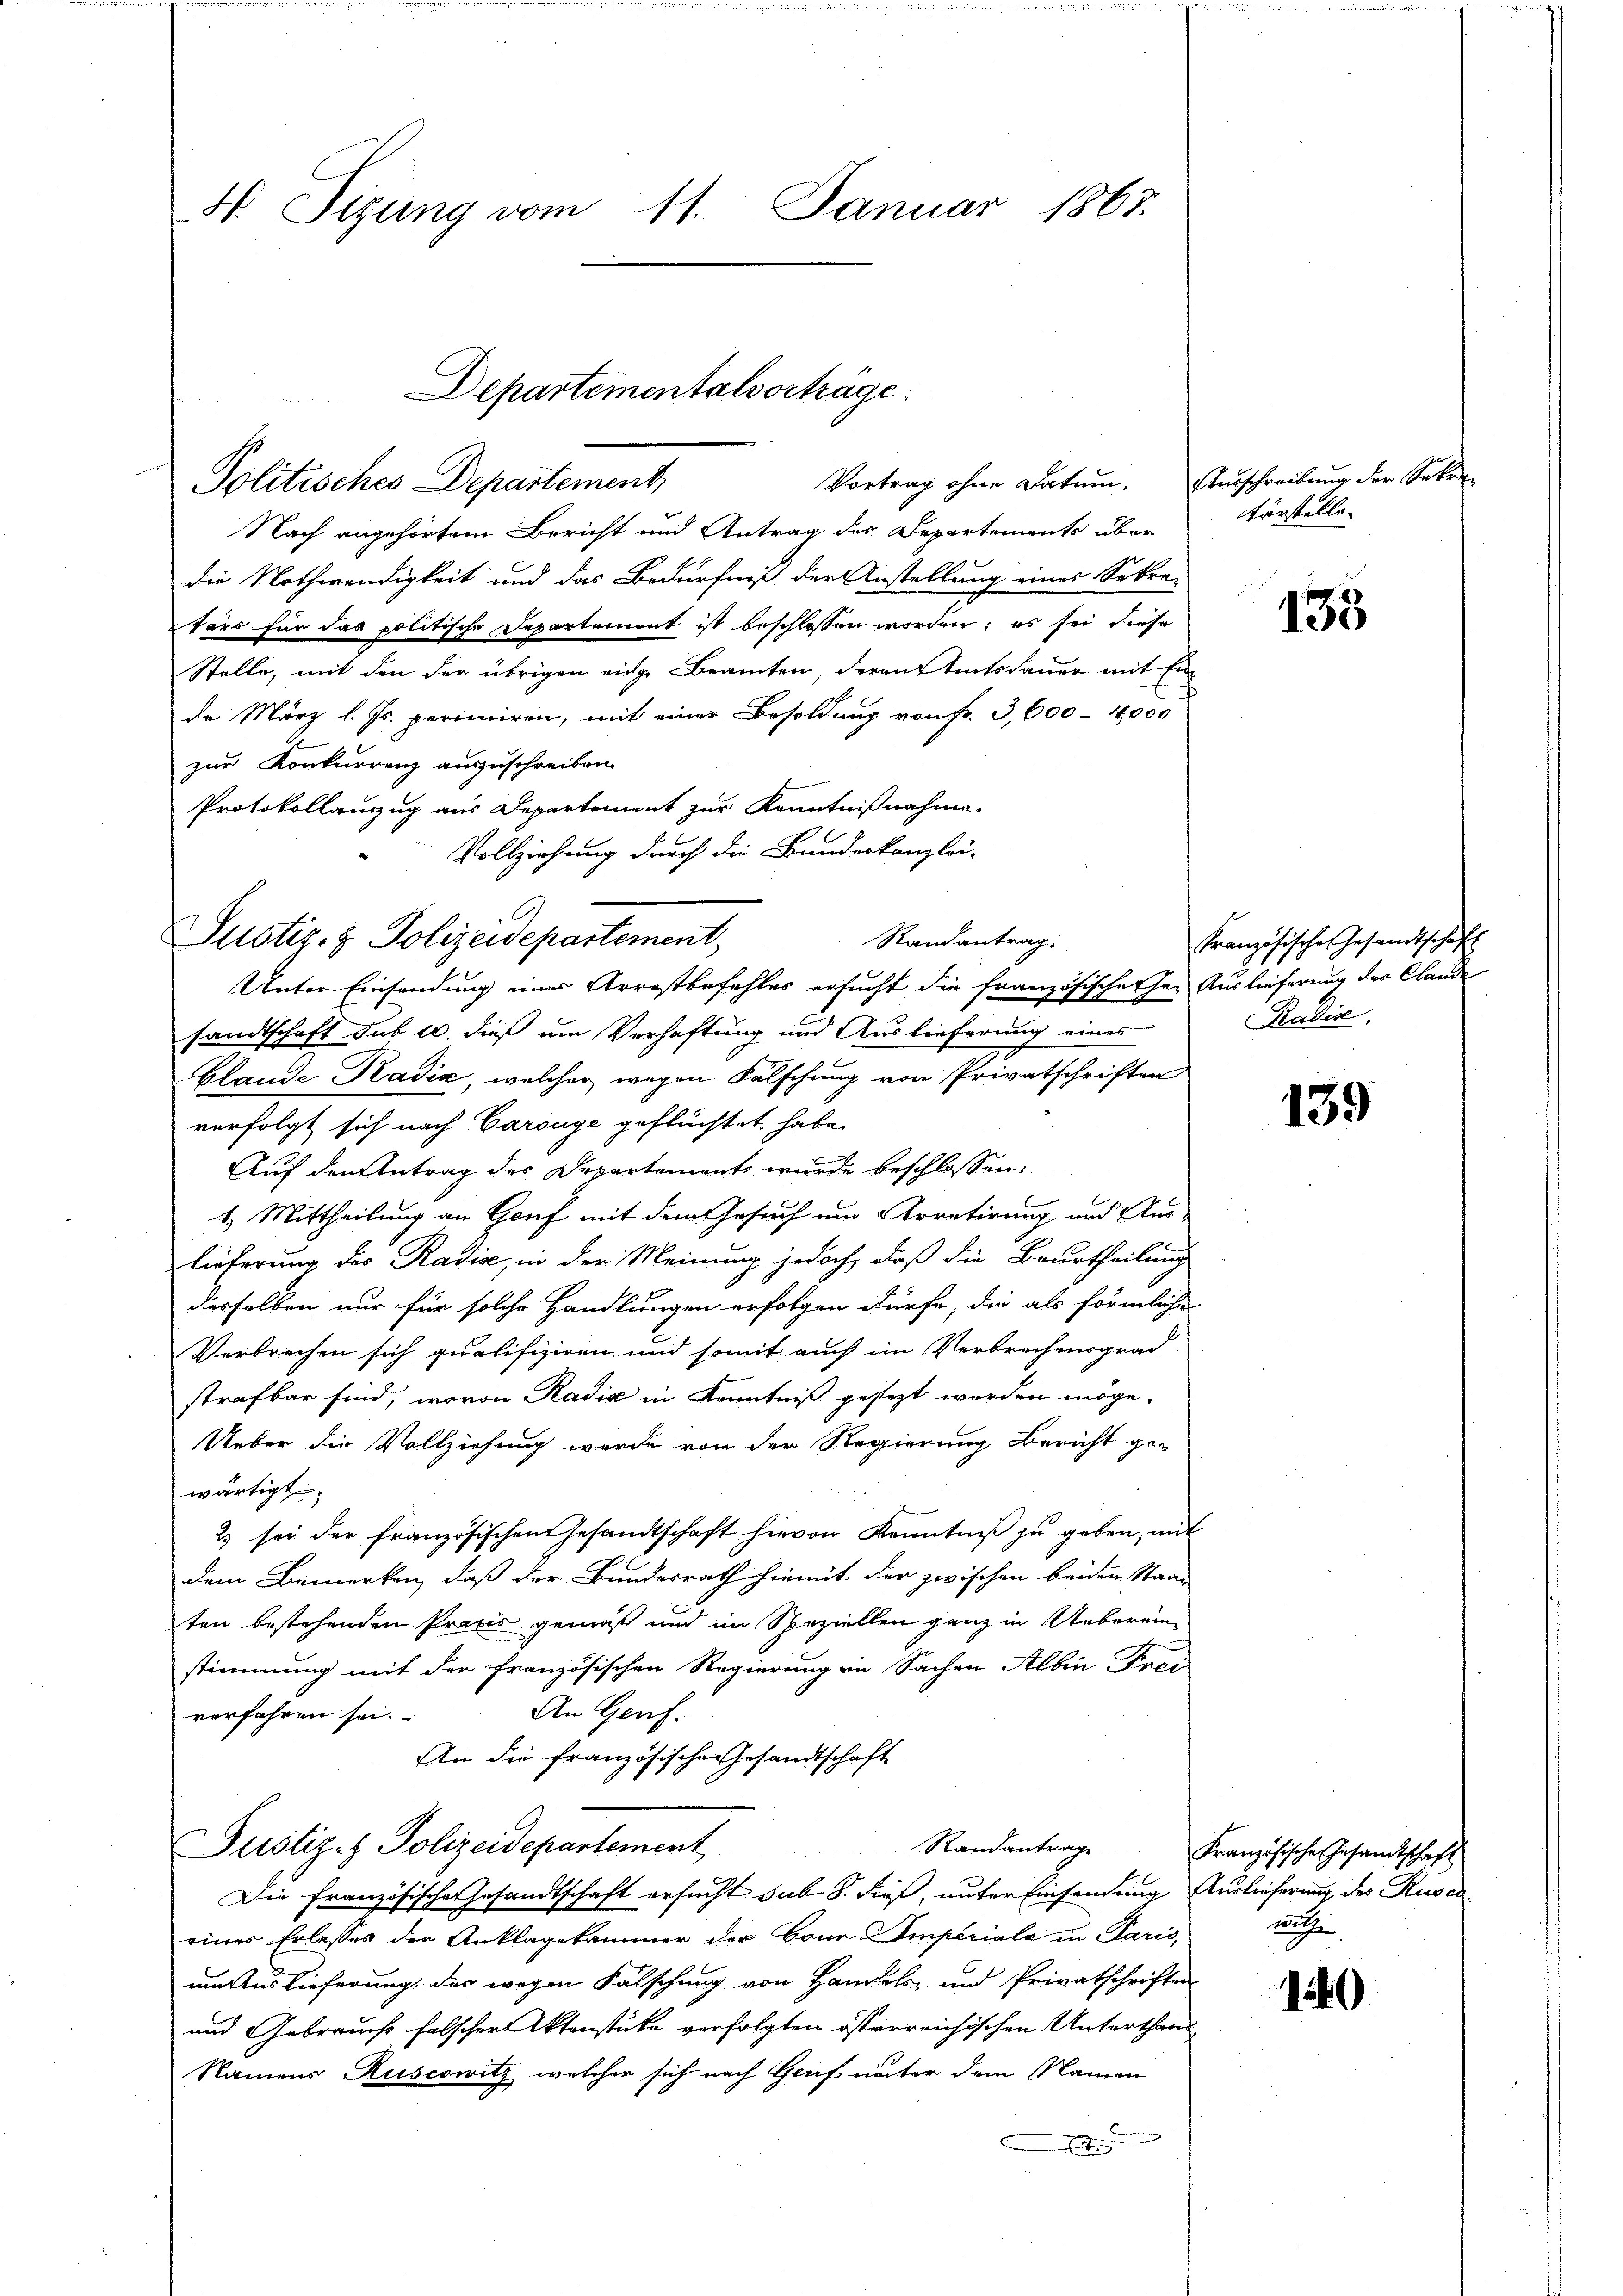
N. Sizung vom 11. Januar 1867.

Politisches Departement,

Nach angehörtem Bericht und Antrag des Departements über
die Nothwendigkeit und das Bedürfniß der Anstellung eines Sekretärs für das politische Departement ist beschlossen worden; es sei diese
Stelle, mit den der übrigen eige Beamten, deren Amtsdauer mit Ei
de März l. Js. perimiren, mit einer Besoldung von Fr. 3,600 - 4,000
zur Konkurrenz auszuschreiben.
Protokollauszug aus Departement zur Kenntnißnahme.
Vollziehung durch die Bundeskanzlei-
Randantrag.
Unter Einsendung einer Arrestbefehles ersucht die französischerher Auslieferung der Claude
sandtschaft sub 20. dieß um Verhaftung und Auslieferung eines
blande Kadić, welcher wegen Fälschung von Privatschriften
verfolgt sich nach Carouge geflüchtet, habe.
Auf den Antrag des Departements wurde beschlossen:
1.) Mittheilung an Genf mit dem Gesuch um Arretirung und Aus
lieferung des Radia, in der Meinung jedoch, daß die Beurtheilung
desselben nur für solche Handlungen erfolgen dürfe, die als förmliche
Verbrechen sich qualifiziren und somit auch im Verbrechensgrad-
strafbar sind, wovon Radia in Kenntniß gesteht werden möge.
Ueber die Vollziehung werde von der Regierung Bericht ge-
wärtigt.
2) sei der französischen Gesandtschaft hievon Kenntniß zu geben, mit
dem Bemerken, daß der Bundesrath hiemit der zwischen beiden Staat
ten bestehenden Praxis gemäß und im Speziellen ganz in Ueberein-
stimmung mit der französischen Regierung in Sachen Albin Frei
An Genf.
verfahren sei.
An die französische Gesandtschaft
Randantrage
Justizet Polizeidepartement,
Die Französischer Gesandtschaft ersucht sub 8. dieß, unter Einsendung Auslieferung des Rusereines Erlasses der Anklagekammer der Bour Imperiale in Paris,
um Auslieferung der wegen Fälschung von Handels- und Privatschriften
und Gebrauchs falscher Aktenstücke verfolgten österreichischen Unterthans
Namens Ruscowitz, welcher sich nach Genf unter dem Namen

C.
Justiz- & Polizeidepartement,

Departementalvorträge.

Vortrag ohne Datum. Ausschreibung der Sekre¬

terstelle

133

Französische Gesandtschaft
Radia,

139

Französisches Gesamtschaft
nich

14